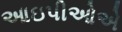
આઇપીઓએ